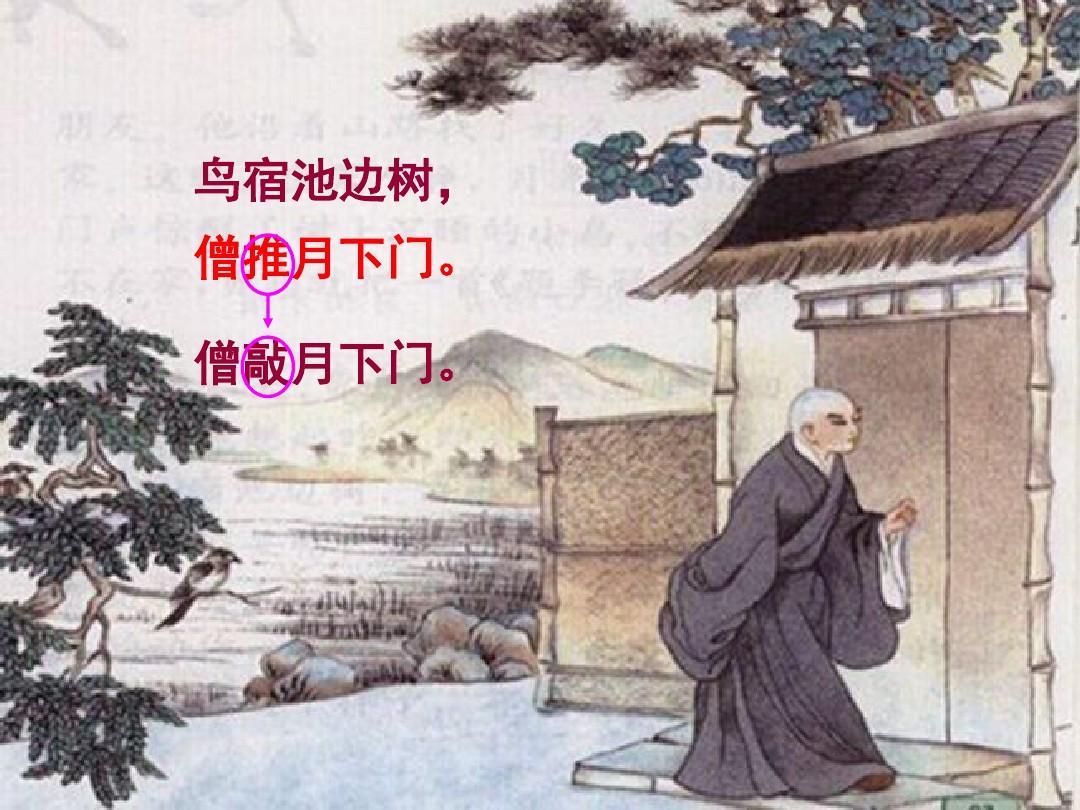
鸟宿池边树，僧敲月下门。